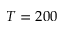
T = 2 0 0